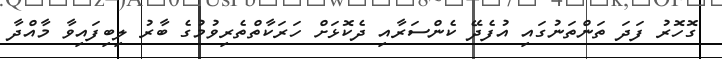
ގޮހޮރު ފަދަ ތަންތަނުގައި އުފެދޭ ކެންސަރާއި ދެކޮޅަށް ހަރަކާތްތެރިވުމުގެ ބާރު ލިބިފައިވާ މާއްދާ